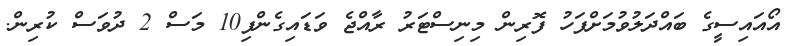
އޯއައިސީގެ ބައްދަލުވުމަށްފަހު ފޮރިން މިނިސްޓަރު ރާއްޖެ ވަޑައިގެންފި10 މަސް 2 ދުވަސް ކުރިން.